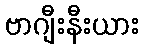
ဗာဂျီးနီးယား